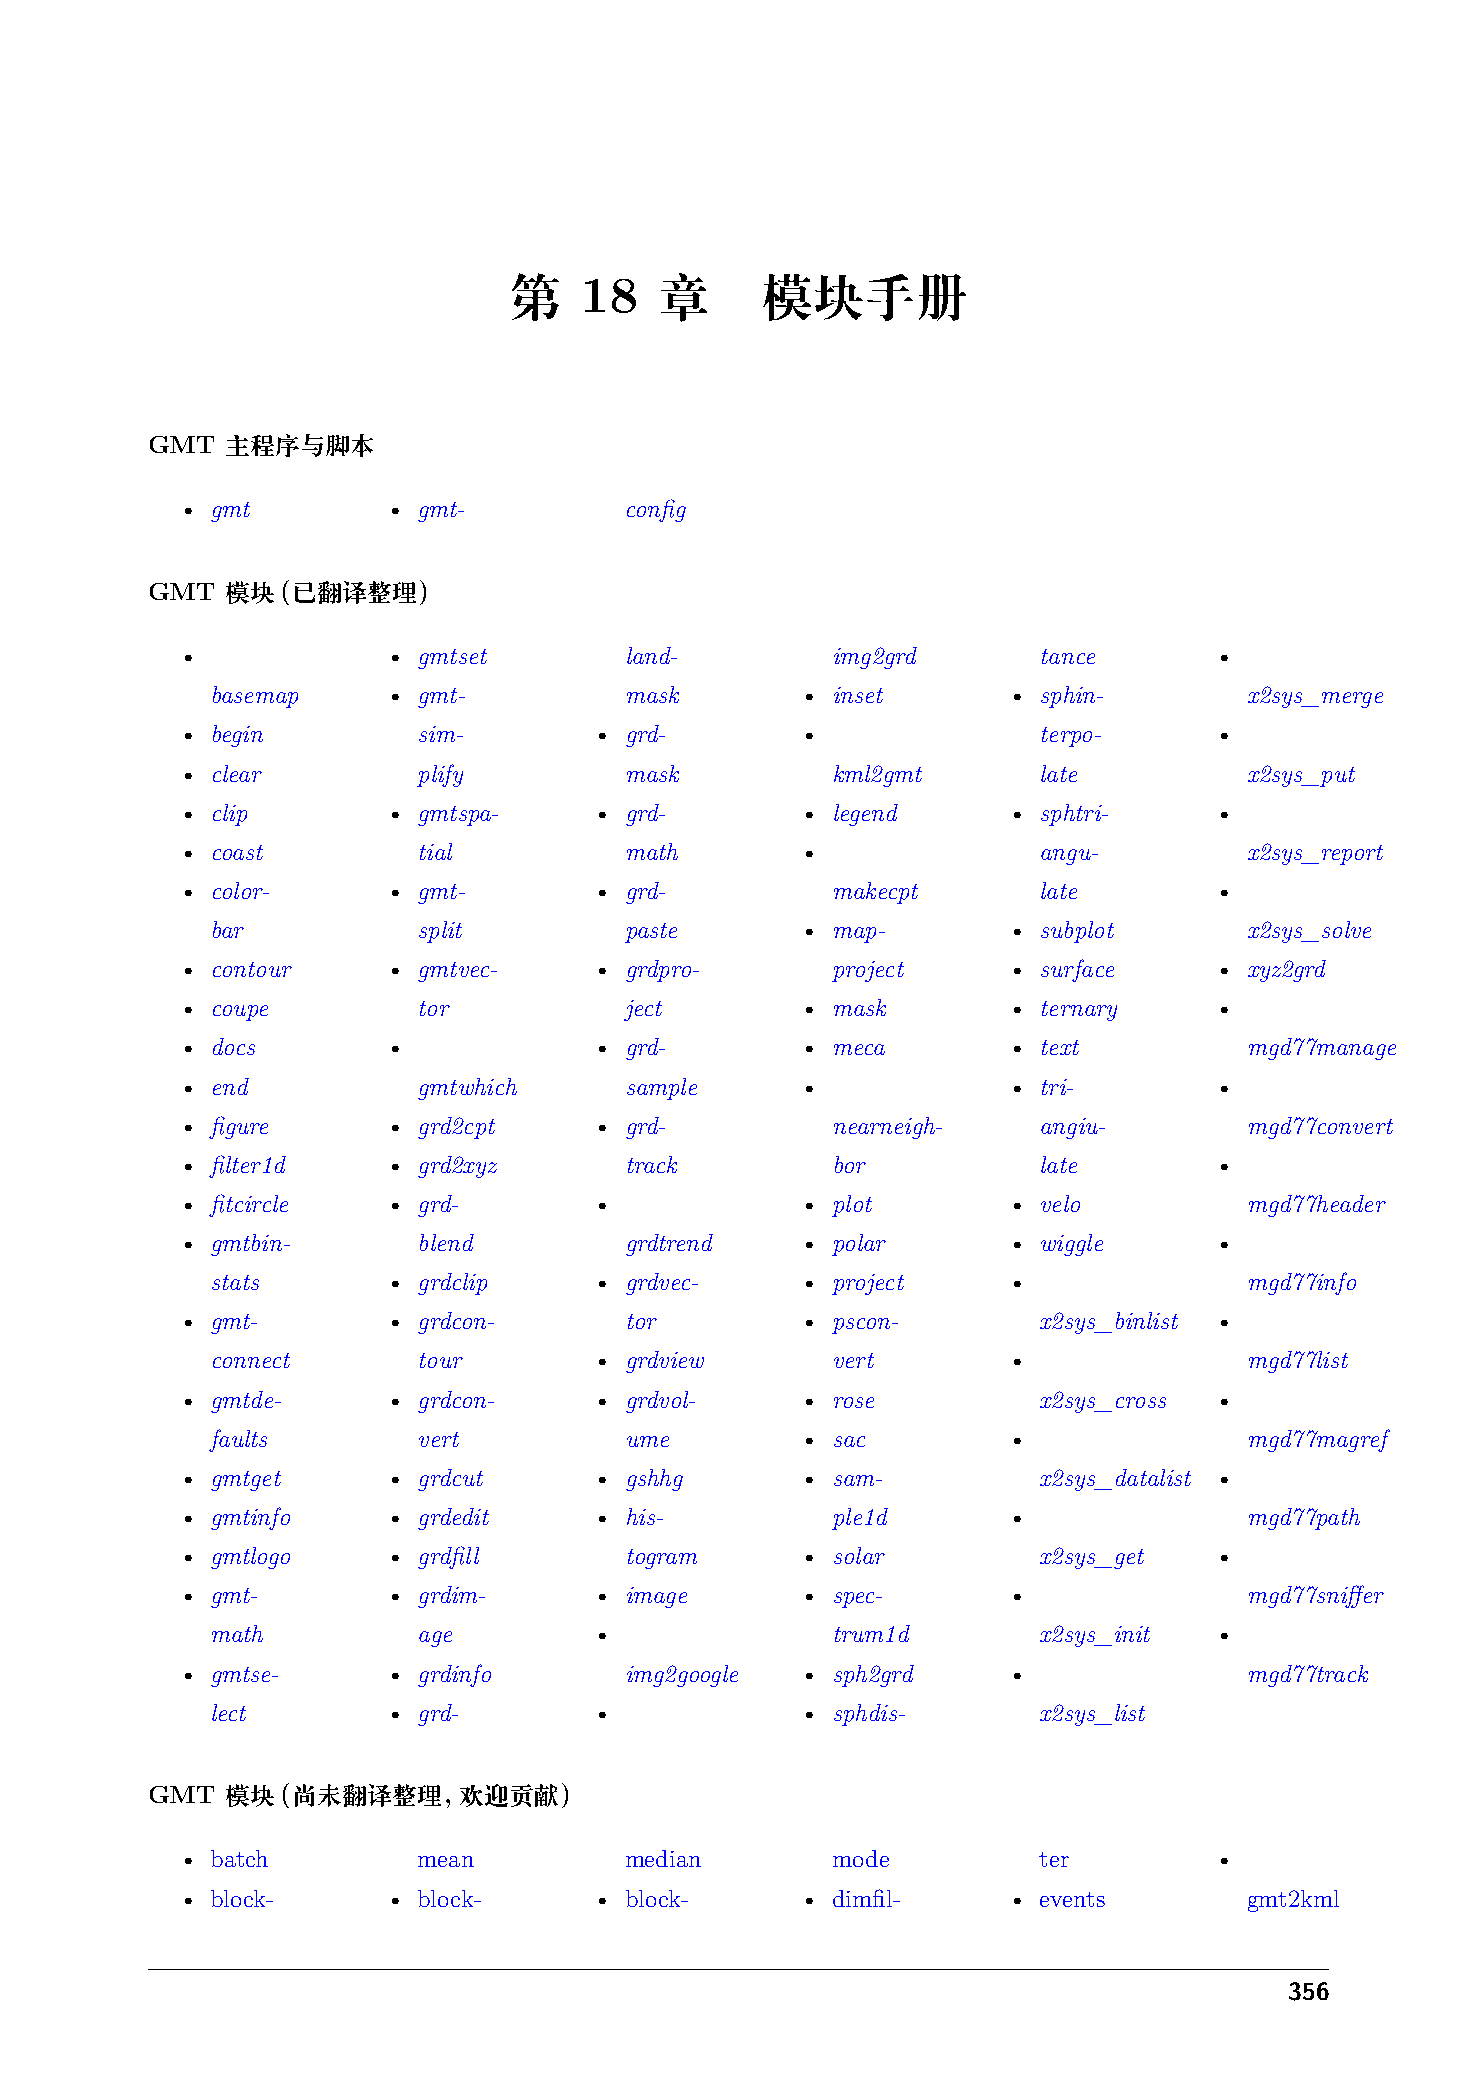
第   18    章     模块手册
 GMT  主程序与脚本
 • gmt         • gmt-         config
 GMT  模块（已翻译整理）
 •             • gmtset       land-         img2grd       tance      •
 basemap     • gmt-         mask        • inset       • sphin-       x2sys_merge
 • begin         sim-       • grd-        •               terpo-     •
 • clear         plify        mask          kml2gmt       late         x2sys_put
 • clip        • gmtspa-    • grd-        • legend      • sphtri-    •
 • coast         tial         math        •               angu-        x2sys_report
 • color-      • gmt-       • grd-          makecpt       late       •
 bar           split        paste       • map-        • subplot      x2sys_solve
 • contour     • gmtvec-    • grdpro-       project     • surface    • xyz2grd
 • coupe         tor          ject        • mask        • ternary    •
 • docs        •            • grd-        • meca        • text         mgd77manage
 • end           gmtwhich     sample      •             • tri-       •
 • figure      • grd2cpt    • grd-          nearneigh-    angiu-       mgd77convert
 • filter1d    • grd2xyz      track         bor           late       •
 • fitcircle   • grd-       •             • plot        • velo         mgd77header
 • gmtbin-       blend        grdtrend    • polar       • wiggle     •
 stats       • grdclip    • grdvec-     • project     •              mgd77info
 • gmt-        • grdcon-      tor         • pscon-        x2sys_binlist •
 connect       tour       • grdview       vert        •              mgd77list
 • gmtde-      • grdcon-    • grdvol-     • rose          x2sys_cross •
 faults        vert         ume         • sac         •              mgd77magref
 • gmtget      • grdcut     • gshhg       • sam-          x2sys_datalist •
 • gmtinfo     • grdedit    • his-          ple1d       •              mgd77path
 • gmtlogo     • grdfill      togram      • solar         x2sys_get  •
 • gmt-        • grdim-     • image       • spec-       •              mgd77sniffer
 math          age        •               trum1d        x2sys_init •
 • gmtse-      • grdinfo      img2google  • sph2grd     •              mgd77track
 lect        • grd-       •             • sphdis-       x2sys_list
 GMT  模块（尚未翻译整理，欢迎贡献）
 • batch         mean         median        mode          ter        •
 • block-      • block-     • block-      • dimfil-     • events       gmt2kml
 356